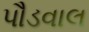
પૌડવાલ